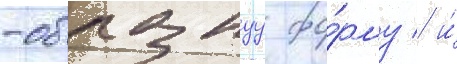
-образнуу фо́рму / и́